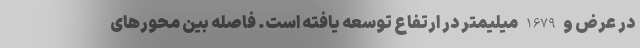
در عرض و 1679 میلیمتر در ارتفاع توسعه یافته است. فاصله بین محورهای